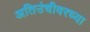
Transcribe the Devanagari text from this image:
अतिउंचीवरच्या